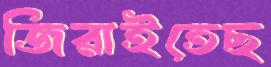
জিরাইতেছ